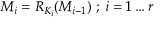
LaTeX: M _ { i } = R _ { K _ { i } } ( M _ { i - 1 } ) \; ; \; i = 1 \dots r